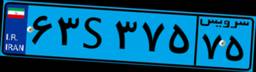
۳۳S۰۵۱۲۲